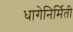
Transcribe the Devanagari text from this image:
धागेनिर्मिती